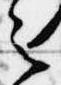
之